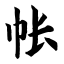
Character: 帐